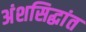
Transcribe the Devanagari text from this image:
अंशसिद्धांत